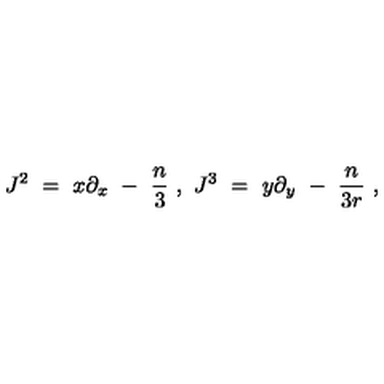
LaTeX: J ^ { 2 } \ = \ x \partial _ { x } \ - \ { \frac { n } { 3 } } \ , \ J ^ { 3 } \ = \ y \partial _ { y } \ - \ { \frac { n } { 3 r } } \ ,